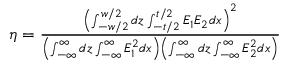
\begin{array} { r } { \eta = \frac { \left( \int _ { - w / 2 } ^ { w / 2 } d z \int _ { - t / 2 } ^ { t / 2 } E _ { 1 } E _ { 2 } d x \right) ^ { 2 } } { \left( \int _ { - \infty } ^ { \infty } d z \int _ { - \infty } ^ { \infty } E _ { 1 } ^ { 2 } d x \right) \left( \int _ { - \infty } ^ { \infty } d z \int _ { - \infty } ^ { \infty } E _ { 2 } ^ { 2 } d x \right) } } \end{array}